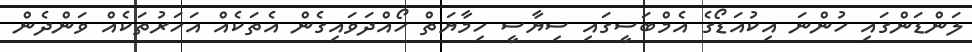
ލަންޑަންގައި ހުންނަ އިކުއަޑޯގެ އެމްބަސީގައި ސިޔާސީ ހިމާޔަތް ހޯއްދަވައިގެން އެތަކެއް އަހަރުތަކެއް ވަންދެން